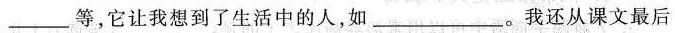
___等，它让我想到了生活中的人，如___。我还从课文最后